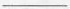
___